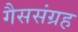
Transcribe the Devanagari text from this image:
गैससंग्रह